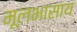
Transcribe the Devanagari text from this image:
मूलभासाय